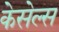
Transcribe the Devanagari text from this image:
केसेल्स